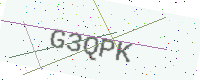
Text: G3QPK